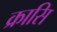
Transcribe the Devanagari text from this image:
क्रासि